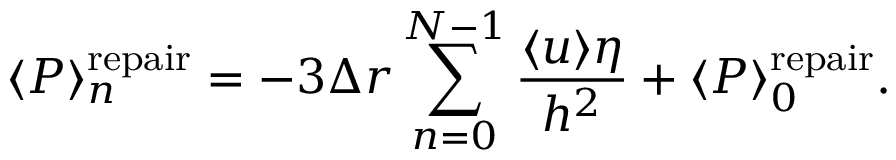
\langle P \rangle _ { n } ^ { \mathrm { r e p a i r } } = - 3 \Delta r \sum _ { n = 0 } ^ { N - 1 } \frac { \langle u \rangle \eta } { h ^ { 2 } } + \langle P \rangle _ { 0 } ^ { \mathrm { r e p a i r } } .